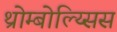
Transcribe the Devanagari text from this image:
थ्रोम्बोल्य्सिस